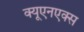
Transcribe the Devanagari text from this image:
क्यूएनएक्स